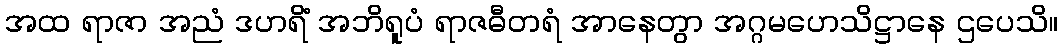
အထ ရာဇာ အညံ ဒဟရိံ အဘိရူပံ ရာဇဓီတရံ အာနေတွာ အဂ္ဂမဟေသိဋ္ဌာနေ ဌပေသိ။